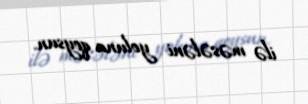
ilə məsələni yoluna qoysun.